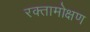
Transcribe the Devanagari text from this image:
रक्तामोक्षण